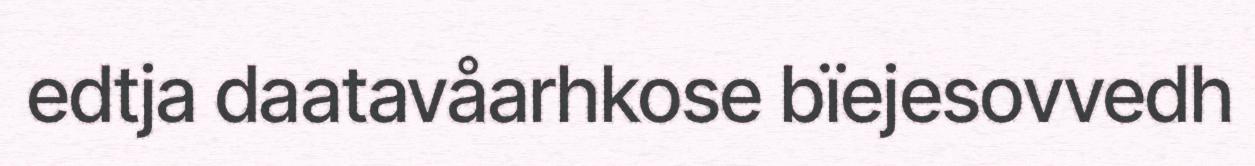
edtja daatavåarhkose bïejesovvedh